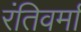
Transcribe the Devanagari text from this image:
रंतिवर्मा